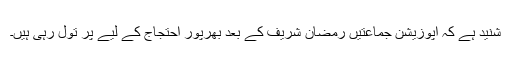
شنید ہے کہ اپوزیشن جماعتیں رمضان شریف کے بعد بھرپور احتجاج کے لیے پَر تول رہی ہیں۔